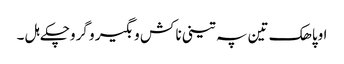
اوپاھک تین پہ تینی نا کش و بگیر و گروچکے ہل ۔